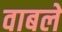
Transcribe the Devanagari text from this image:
वाबले